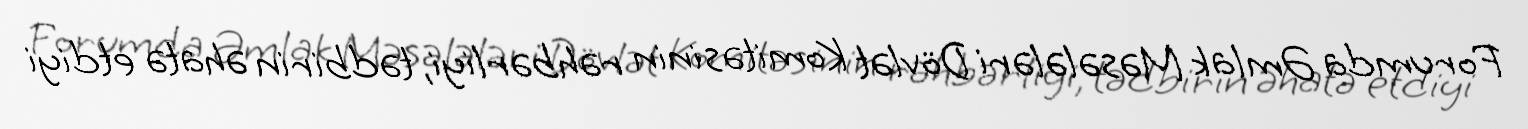
Forumda Əmlak Məsələləri Dövlət Komitəsinin rəhbərliyi, tədbirin əhatə etdiyi